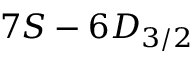
7 S - 6 D _ { 3 / 2 }